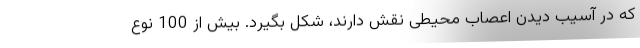
که در آسیب دیدن اعصاب محیطی نقش دارند، شکل بگیرد. بیش از 100 نوع